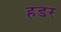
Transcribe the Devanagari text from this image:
हडर